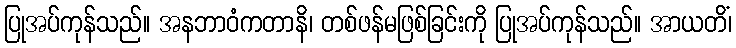
ပြုအပ်ကုန်သည်။ အနဘာဝံကတာနိ၊ တစ်ဖန်မဖြစ်ခြင်းကို ပြုအပ်ကုန်သည်။ အာယတိံ၊